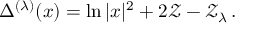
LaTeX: \Delta ^ { ( \lambda ) } ( x ) = \ln | x | ^ { 2 } + 2 \mathcal { Z } - \mathcal { Z } _ { \lambda } \, .